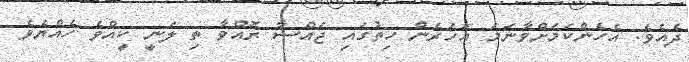
ދެއެވެ. އެހެންކަމަށްވާނަމަ އަހަރެން ހިތުގައި ޖައްސާ ރޮއްވާ ތި ލަނީ ކީއްވެ ހެއްޔެވެ